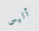
أليس